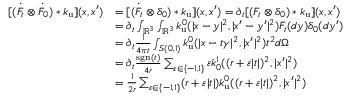
\begin{array} { r l } { [ ( \Dot { F } _ { t } \otimes \Dot { F } _ { 0 } ) * k _ { \mathrm { u } } ] ( x , x ^ { \prime } ) } & { = [ ( \Dot { F } _ { t } \otimes \delta _ { 0 } ) * k _ { \mathrm { u } } ] ( x , x ^ { \prime } ) = \partial _ { t } [ ( F _ { t } \otimes \delta _ { 0 } ) * k _ { \mathrm { u } } ] ( x , x ^ { \prime } ) } \\ & { = \partial _ { t } \int _ { \mathbb { R } ^ { 3 } } \int _ { \mathbb { R } ^ { 3 } } k _ { \mathrm { u } } ^ { 0 } ( | x - y | ^ { 2 } , | x ^ { \prime } - y ^ { \prime } | ^ { 2 } ) F _ { t } ( d y ) \delta _ { 0 } ( d y ^ { \prime } ) } \\ & { = \partial _ { t } \frac { 1 } { 4 \pi t } \int _ { S ( 0 , 1 ) } k _ { \mathrm { u } } ^ { 0 } ( | x - t \gamma | ^ { 2 } , | x ^ { \prime } | ^ { 2 } ) t ^ { 2 } d \Omega } \\ & { = \partial _ { t } \frac { \mathrm { s g n } ( t ) } { 4 r } \sum _ { \varepsilon \in \{ - 1 , 1 \} } \varepsilon k _ { 0 } ^ { 1 } ( ( r + \varepsilon | t | ) ^ { 2 } , | x ^ { \prime } | ^ { 2 } ) } \\ & { = \frac { 1 } { 2 r } \sum _ { \varepsilon \in \{ - 1 , 1 \} } ( r + \varepsilon | t | ) k _ { \mathrm { u } } ^ { 0 } ( ( r + \varepsilon | t | ) ^ { 2 } , | x ^ { \prime } | ^ { 2 } ) } \end{array}